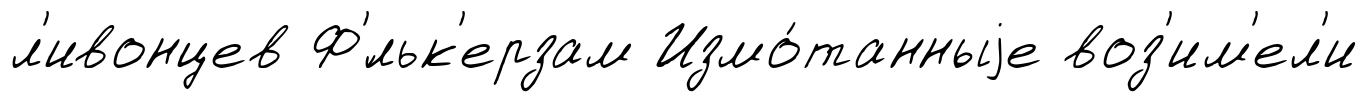
л'ивонцев Ф'́льк'ерзам Измо́танныjе воз'им'ел'и